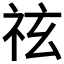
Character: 𥙆